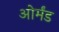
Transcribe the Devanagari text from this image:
ओर्मंड